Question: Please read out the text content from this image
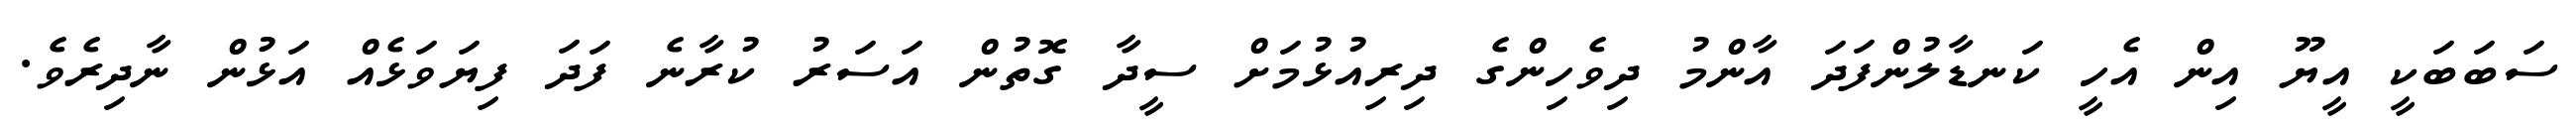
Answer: ސަބަބަކީ އީޔޫ އިން އެހީ ކަނޑާލުންފަދަ އާންމު ދިވެހިންގެ ދިރިއުޅުމަށް ސީދާ ގޮތުން އަސަރު ކުރާނެ ފަދަ ފިޔަވަޅެއް އަޅުން ނާދިރެވެ.